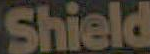
Shield